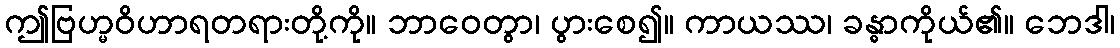
ဤဗြဟ္မဝိဟာရတရားတို့ကို။ ဘာဝေတွာ၊ ပွားစေ၍။ ကာယဿ၊ ခန္ဓာကိုယ်၏။ ဘေဒါ၊